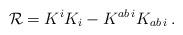
LaTeX: \begin{align*}{\cal R}= K^i K_i - K^{a b\,i}K_{a b \,i}\,.\end{align*}